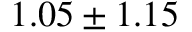
1 . 0 5 \pm 1 . 1 5